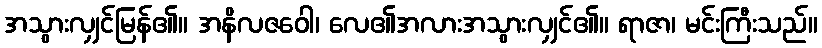
အသွားလျှင်မြန်၏။ အနိလဇဝေါ၊ လေ၏အလားအသွားလျှင်၏။ ရာဇာ၊ မင်းကြီးသည်။